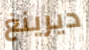
ديرينغ